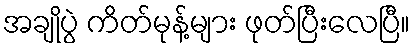
အချိုပွဲ ကိတ်မုန့်များ ဖုတ်ပြီးလေပြီ။